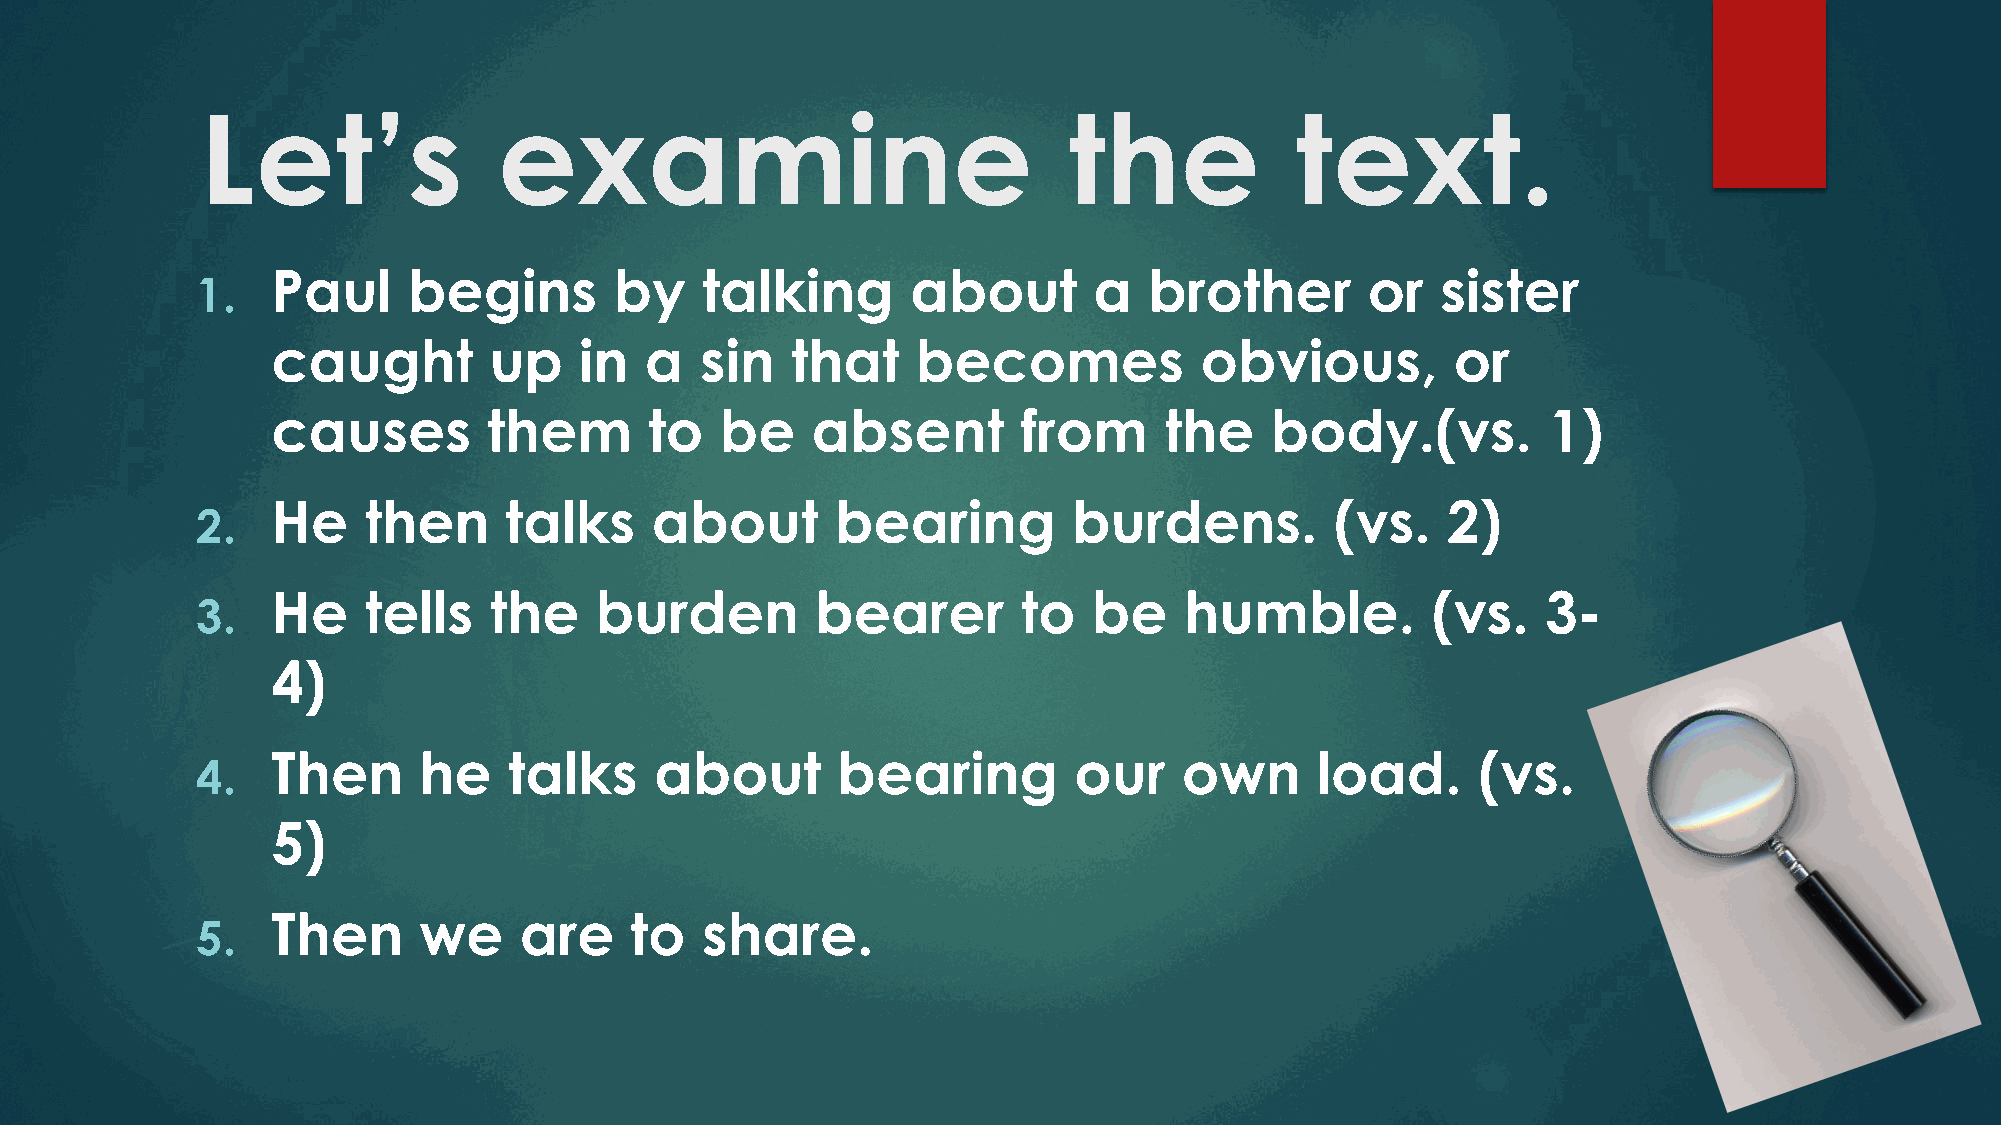
Let’s               examine                               the            text.
 Paul     begins        by   talking       about       a   brother        or  sister
 1.
 caught        up    in   a  sin   that     becomes           obvious,         or
 causes        them       to   be    absent        from     the    body.(vs.         1)
 He    then     talks     about       bearing         burdens.         (vs.    2)
 2.
 He    tells   the    burden         bearer        to  be    humble.          (vs.   3-
 3.
 4)
 Then      he    talks    about       bearing         our    own      load.      (vs.
 4.
 5)
 Then      we    are     to  share.
 5.